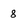
Character: 8